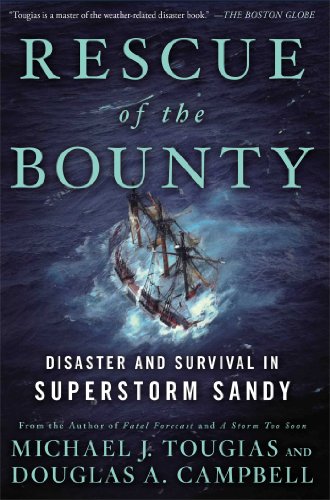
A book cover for Rescue of the Bounty: Disaster and Survival in Superstorm Sandy; Michael J. Tougias; Science & Math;